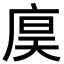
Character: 𪪙